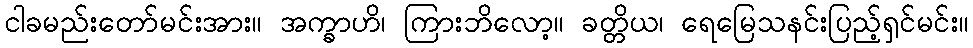
ငါခမည်းတော်မင်းအား။ အက္ခာဟိ၊ ကြားဘိလော့။ ခတ္တိယ၊ ရေမြေသနင်းပြည့်ရှင်မင်း။